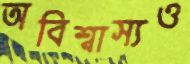
অবিশ্বাস্যও